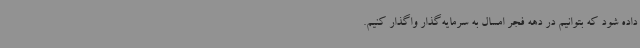
داده شود که بتوانیم در دهه فجر امسال به سرمایه‌گذار واگذار کنیم.